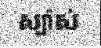
ស្ប៉ាស់